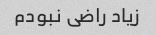
زیاد راضی نبودم